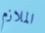
الملازم